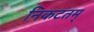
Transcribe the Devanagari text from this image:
निकटतम्